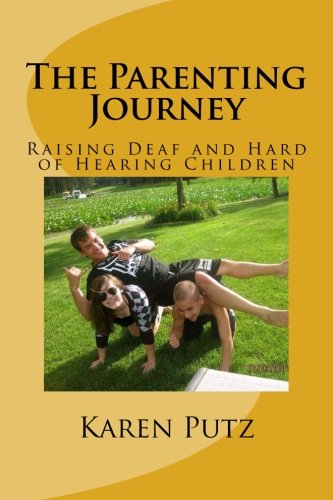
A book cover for The Parenting Journey, Raising Deaf and Hard of Hearing Children; Karen Putz; Health, Fitness & Dieting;